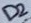
Text: D2